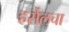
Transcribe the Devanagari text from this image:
हर्सेलचा